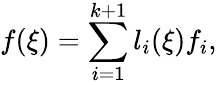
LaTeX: f(\xi)=\sum_{i=1}^{k+1}l_{i}(\xi)f_{i},